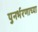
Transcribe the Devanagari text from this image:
पुनर्भरणाच्या